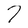
Character: 7